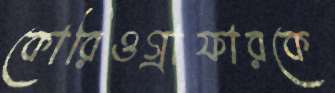
কোরিওগ্রাফারকে